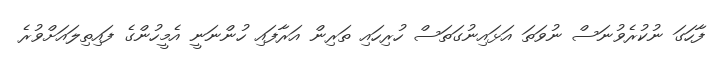
ފާހަގަ ނުކުރެވުނަސް ނުވަތަ އަޅައިނުގަތަސް ހުރިހައި ތަރިން އަރާފައި ހުންނަނީ އެމީހުންގެ ފައިތިލައަށްވުރެ